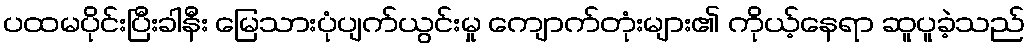
ပထမပိုင်းပြီးခါနီး မြေသားပုံပျက်ယွင်းမှု ကျောက်တုံးများ၏ ကိုယ့်နေရာ ဆူပူခဲ့သည်